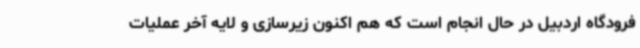
فرودگاه اردبیل در حال انجام است که هم اکنون زیرسازی و لایه آخر عملیات